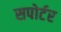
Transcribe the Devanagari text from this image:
सपोर्टर